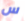
س